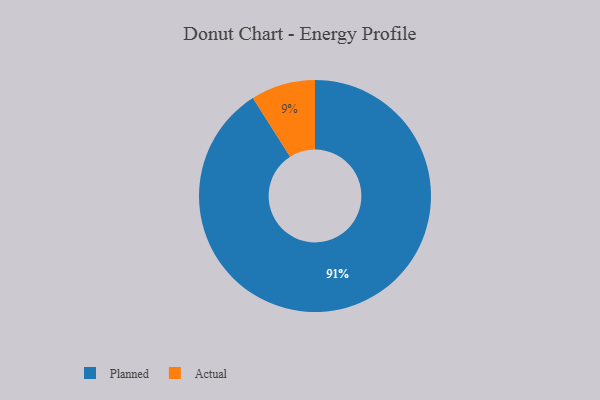
{"axis": {"x": "Category", "y": "Percentage"}, "legend": ["Actual", "Planned"], "data": [{"x": "Planned", "y": 91, "type": "Planned"}, {"x": "Actual", "y": 9, "type": "Actual"}]}